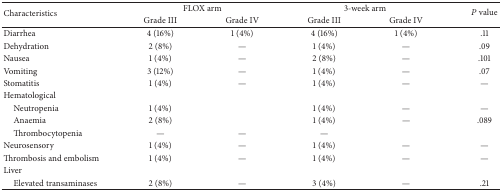
| <ROWSPAN=2> Characteristics | <COLSPAN=2> FLOX arm | <COLSPAN=2> 3-week arm | P value |
 | Grade III | Grade IV | Grade III | Grade IV |
 | --- | --- | --- | --- | --- | --- |
 | Diarrhea | 4 (16%) | 1 (4%) | 4 (16%) | 1 (4%) | .11 |
 | Dehydration | 2 (8%) | — | 1 (4%) | — | .09 |
 | Nausea | 1 (4%) | — | 2 (8%) | — | .101 |
 | Vomiting | 3 (12%) | — | 1 (4%) | — | .07 |
 | Stomatitis | 1 (4%) | — | 1 (4%) | — | — |
 | Hematological |  |  |  |  |  |
 | Neutropenia | 1 (4%) |  | 1 (4%) | — | — |
 | Anaemia | 2 (8%) |  | 1 (4%) | — | .089 |
 | Thrombocytopenia | — | — | — |  |  |
 | Neurosensory | 1 (4%) | — | 1 (4%) | — | — |
 | Thrombosis and embolism | 1 (4%) | — | 1 (4%) | — | — |
 | Liver |  |  |  |  |  |
 | Elevated transaminases | 2 (8%) | — | 3 (4%) | — | .21 |